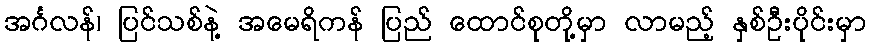
အင်္ဂလန်၊ ပြင်သစ်နဲ့ အမေရိကန် ပြည် ထောင်စုတို့မှာ လာမည့် နှစ်ဦးပိုင်းမှာ